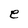
Character: e